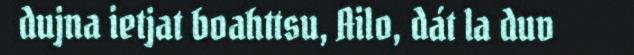
dujna ietjat boahttsu, Ailo, dát la duv